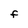
Character: F